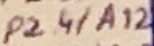
Text: P2.4/A12